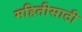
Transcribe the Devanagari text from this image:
महितीसाठी